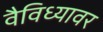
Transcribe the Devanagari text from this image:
वैविध्यावर